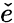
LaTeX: \check{e}